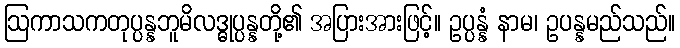
ဩကာသကတုပ္ပန္နဘူမိလဒ္ဓုပ္ပန္နတို့၏ အပြားအားဖြင့်။ ဥပ္ပန္နံ နာမ၊ ဥပန္နမည်သည်။